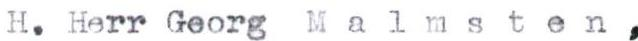
H. Herr Georg Malmsten,